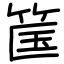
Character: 筺